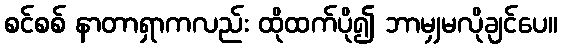
စင်စစ် နာတာရှာကလည်း ထိုထက်ပို၍ ဘာမျှမလိုချင်ပေ။